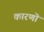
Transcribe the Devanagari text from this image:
कारणॊ